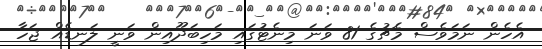
އެހެން ނަމަވެސް މެޗުގެ 81 ވަނަ މިނެޓުގައި މަހިބަދޫއިން ވަނީ ލަނޑެއް ޖަހާ